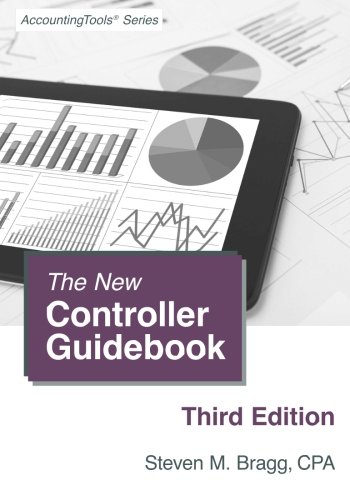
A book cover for The New Controller Guidebook: Third Edition; Steven M. Bragg; Business & Money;